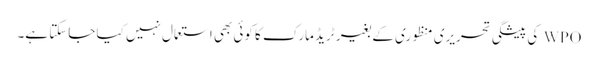
WPO کی پیشگی تحریری منظوری کے بغیر ٹریڈ مارک کا کوئی بھی استعمال نہیں کیا جاسکتا ہے۔